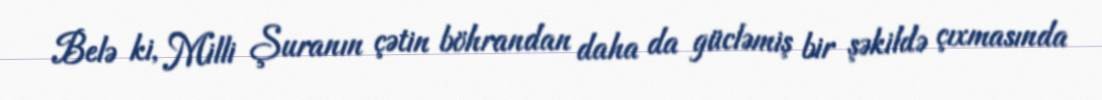
Belə ki, Milli Şuranın çətin böhrandan daha da gücləmiş bir şəkildə çıxmasında